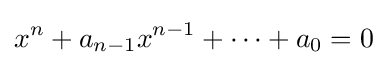
x^{n}+a_{n-1}x^{n-1}+\cdots +a_{0}=0